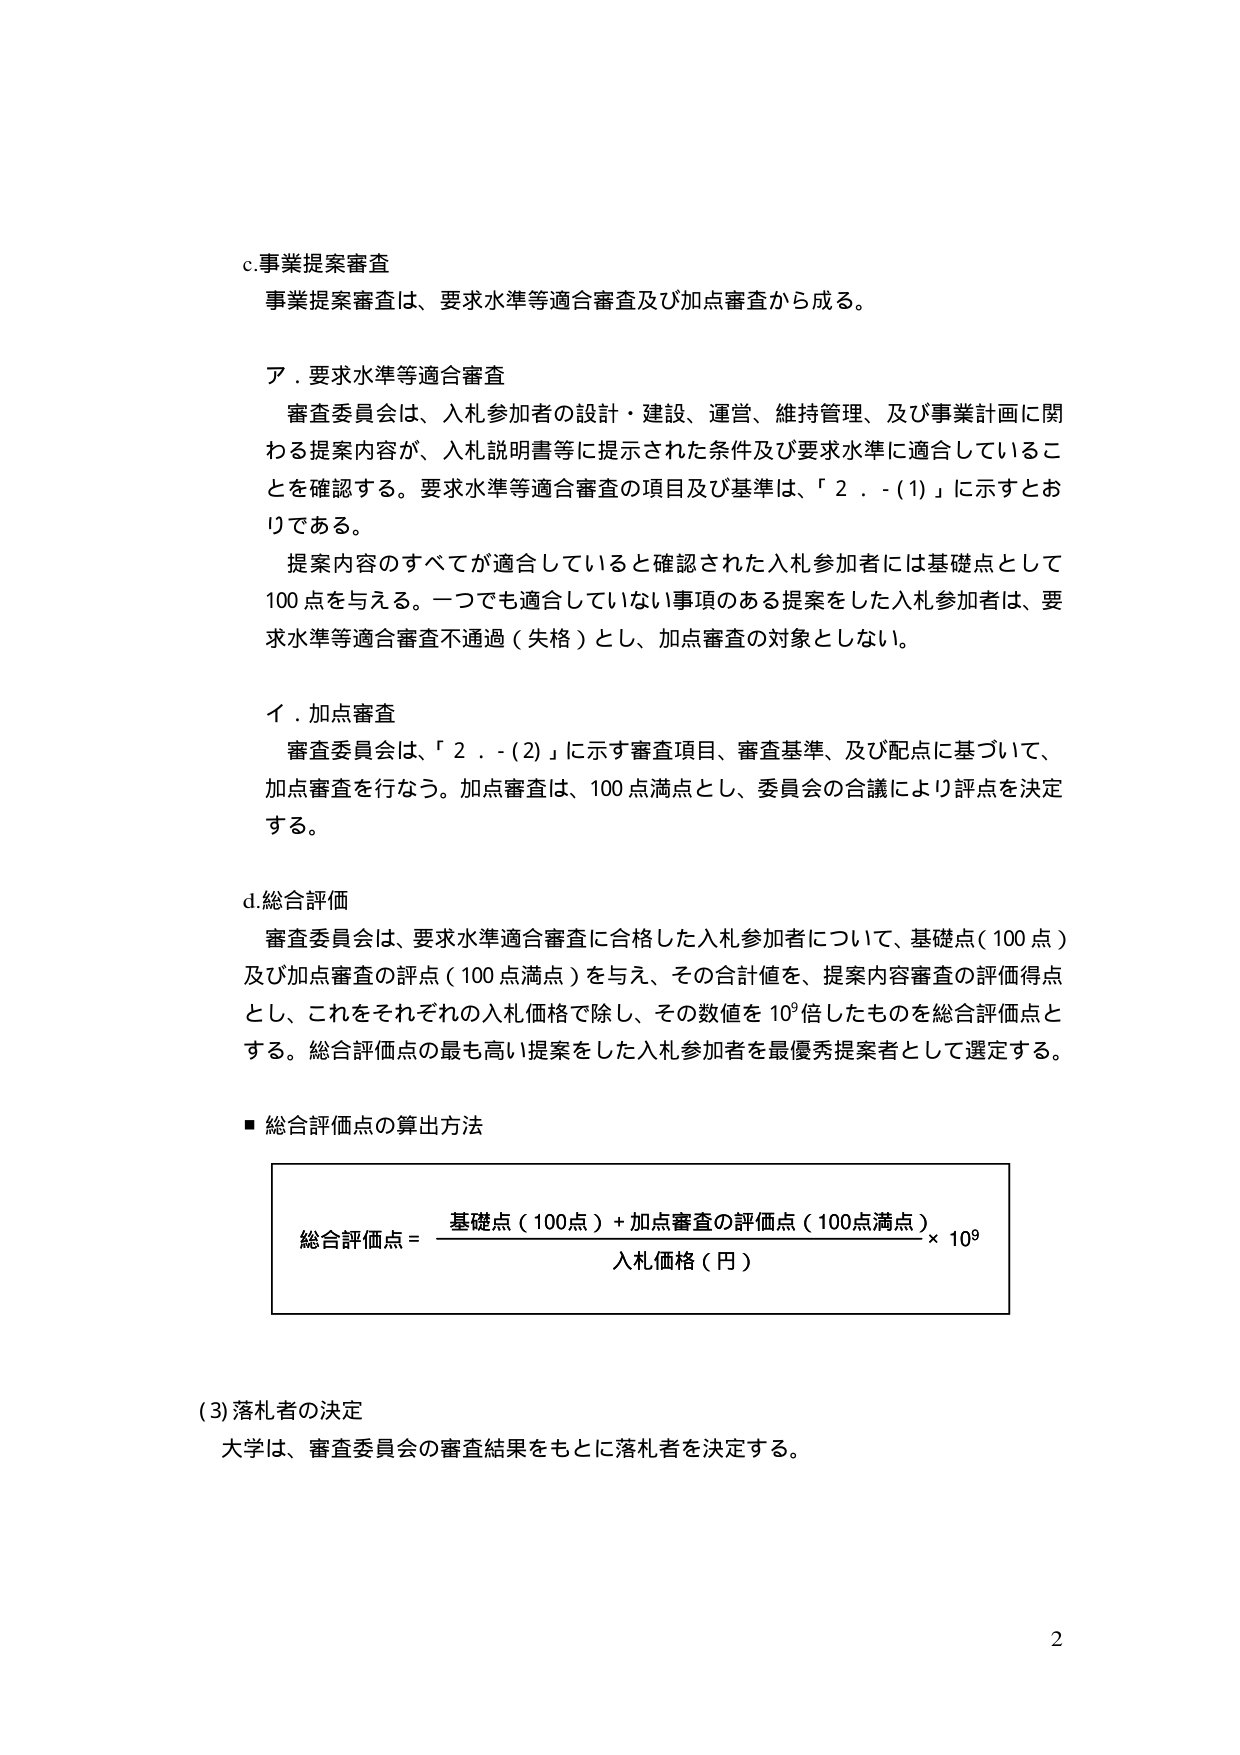
c.事業提案審査
事業提案審査は、要求水準等適合審査及び加点審査から成る。

ア．要求水準等適合審査
審査委員会は、入札参加者の設計・建設、運営、維持管理、及び事業計画に関わる提案内容が、入札説明書等に提示された条件及び要求水準に適合していることを確認する。要求水準等適合審査の項目及び基準は、「2．-(1)」に示すとおりである。
提案内容のすべてが適合していると確認された入札参加者には基礎点として100点を与える。一つでも適合していない事項のある提案をした入札参加者は、要求水準等適合審査不通過（失格）とし、加点審査の対象としない。

イ．加点審査
審査委員会は、「2．-(2)」に示す審査項目、審査基準、及び配点に基づいて、加点審査を行なう。加点審査は、100点満点とし、委員会の合議により評点を決定する。

d.総合評価
審査委員会は、要求水準適合審査に合格した入札参加者について、基礎点（100点）及び加点審査の評点（100点満点）を与え、その合計値を、提案内容審査の評価得点とし、これをそれぞれの入札価格で除し、その数値を10⁹倍したものを総合評価点とする。総合評価点の最も高い提案をした入札参加者を最優秀提案者として選定する。

■ 総合評価点の算出方法
総合評価点 = （基礎点（100点）+ 加点審査の評価点（100点満点）） / 入札価格（円） × 10⁹

(3) 落札者の決定
大学は、審査委員会の審査結果をもとに落札者を決定する。

2